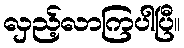
လှည့်လာကြပါပြီ။